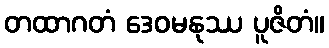
တထာဂတံ ဒေဝမနုဿ ပူဇိတံ။